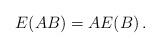
LaTeX: \begin{align*}E(AB)=AE(B) \,.\end{align*}